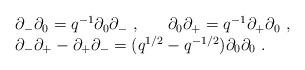
LaTeX: \begin{align*}\begin{array}{l}\partial_-\partial_0=q^{-1}\partial_0\partial_-~,~~~~~\partial_0\partial_+=q^{-1}\partial_+\partial_0~,\\\partial_-\partial_+-\partial_+\partial_-=(q^{1/2}-q^{-1/2})\partial_0\partial_0~.\end{array}\end{align*}